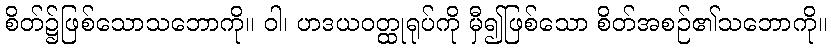
စိတ်၌ဖြစ်သောသဘောကို။ ဝါ၊ ဟဒယဝတ္ထုရုပ်ကို မှီ၍ဖြစ်သော စိတ်အစဉ်၏သဘောကို။